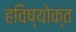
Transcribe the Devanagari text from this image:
हविष्योक्त